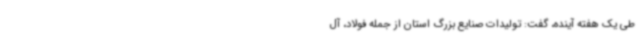
طی یک هفته آینده، گفت: تولیدات صنایع بزرگ استان از جمله فولاد، آل